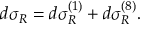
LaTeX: d \sigma _ { R } = d \sigma _ { R } ^ { ( 1 ) } + d \sigma _ { R } ^ { ( 8 ) } .